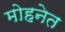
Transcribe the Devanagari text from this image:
मोहनेत